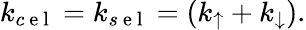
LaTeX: \begin{array}{r}{k_{c\mathrm{~e~l~}}=k_{s\mathrm{~e~l~}}=\left(k_{\uparrow}+k_{\downarrow}\right).}\end{array}